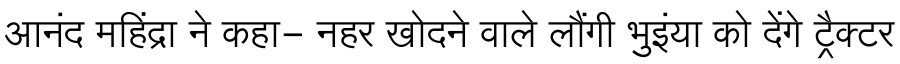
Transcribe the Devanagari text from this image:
आनंद महिंद्रा ने कहा- नहर खोदने वाले लौंगी भुइंया को देंगे ट्रैक्टर